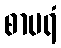
စာပရံ